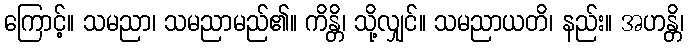
ကြောင့်။ သမညာ၊ သမညာမည်၏။ ကိန္တိ၊ သို့လျှင်။ သမညာယတိ၊ နည်း။ အဟန္တိ၊